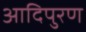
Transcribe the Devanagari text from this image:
आदिपुरण